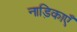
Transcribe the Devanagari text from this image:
नाड़िकाएँ